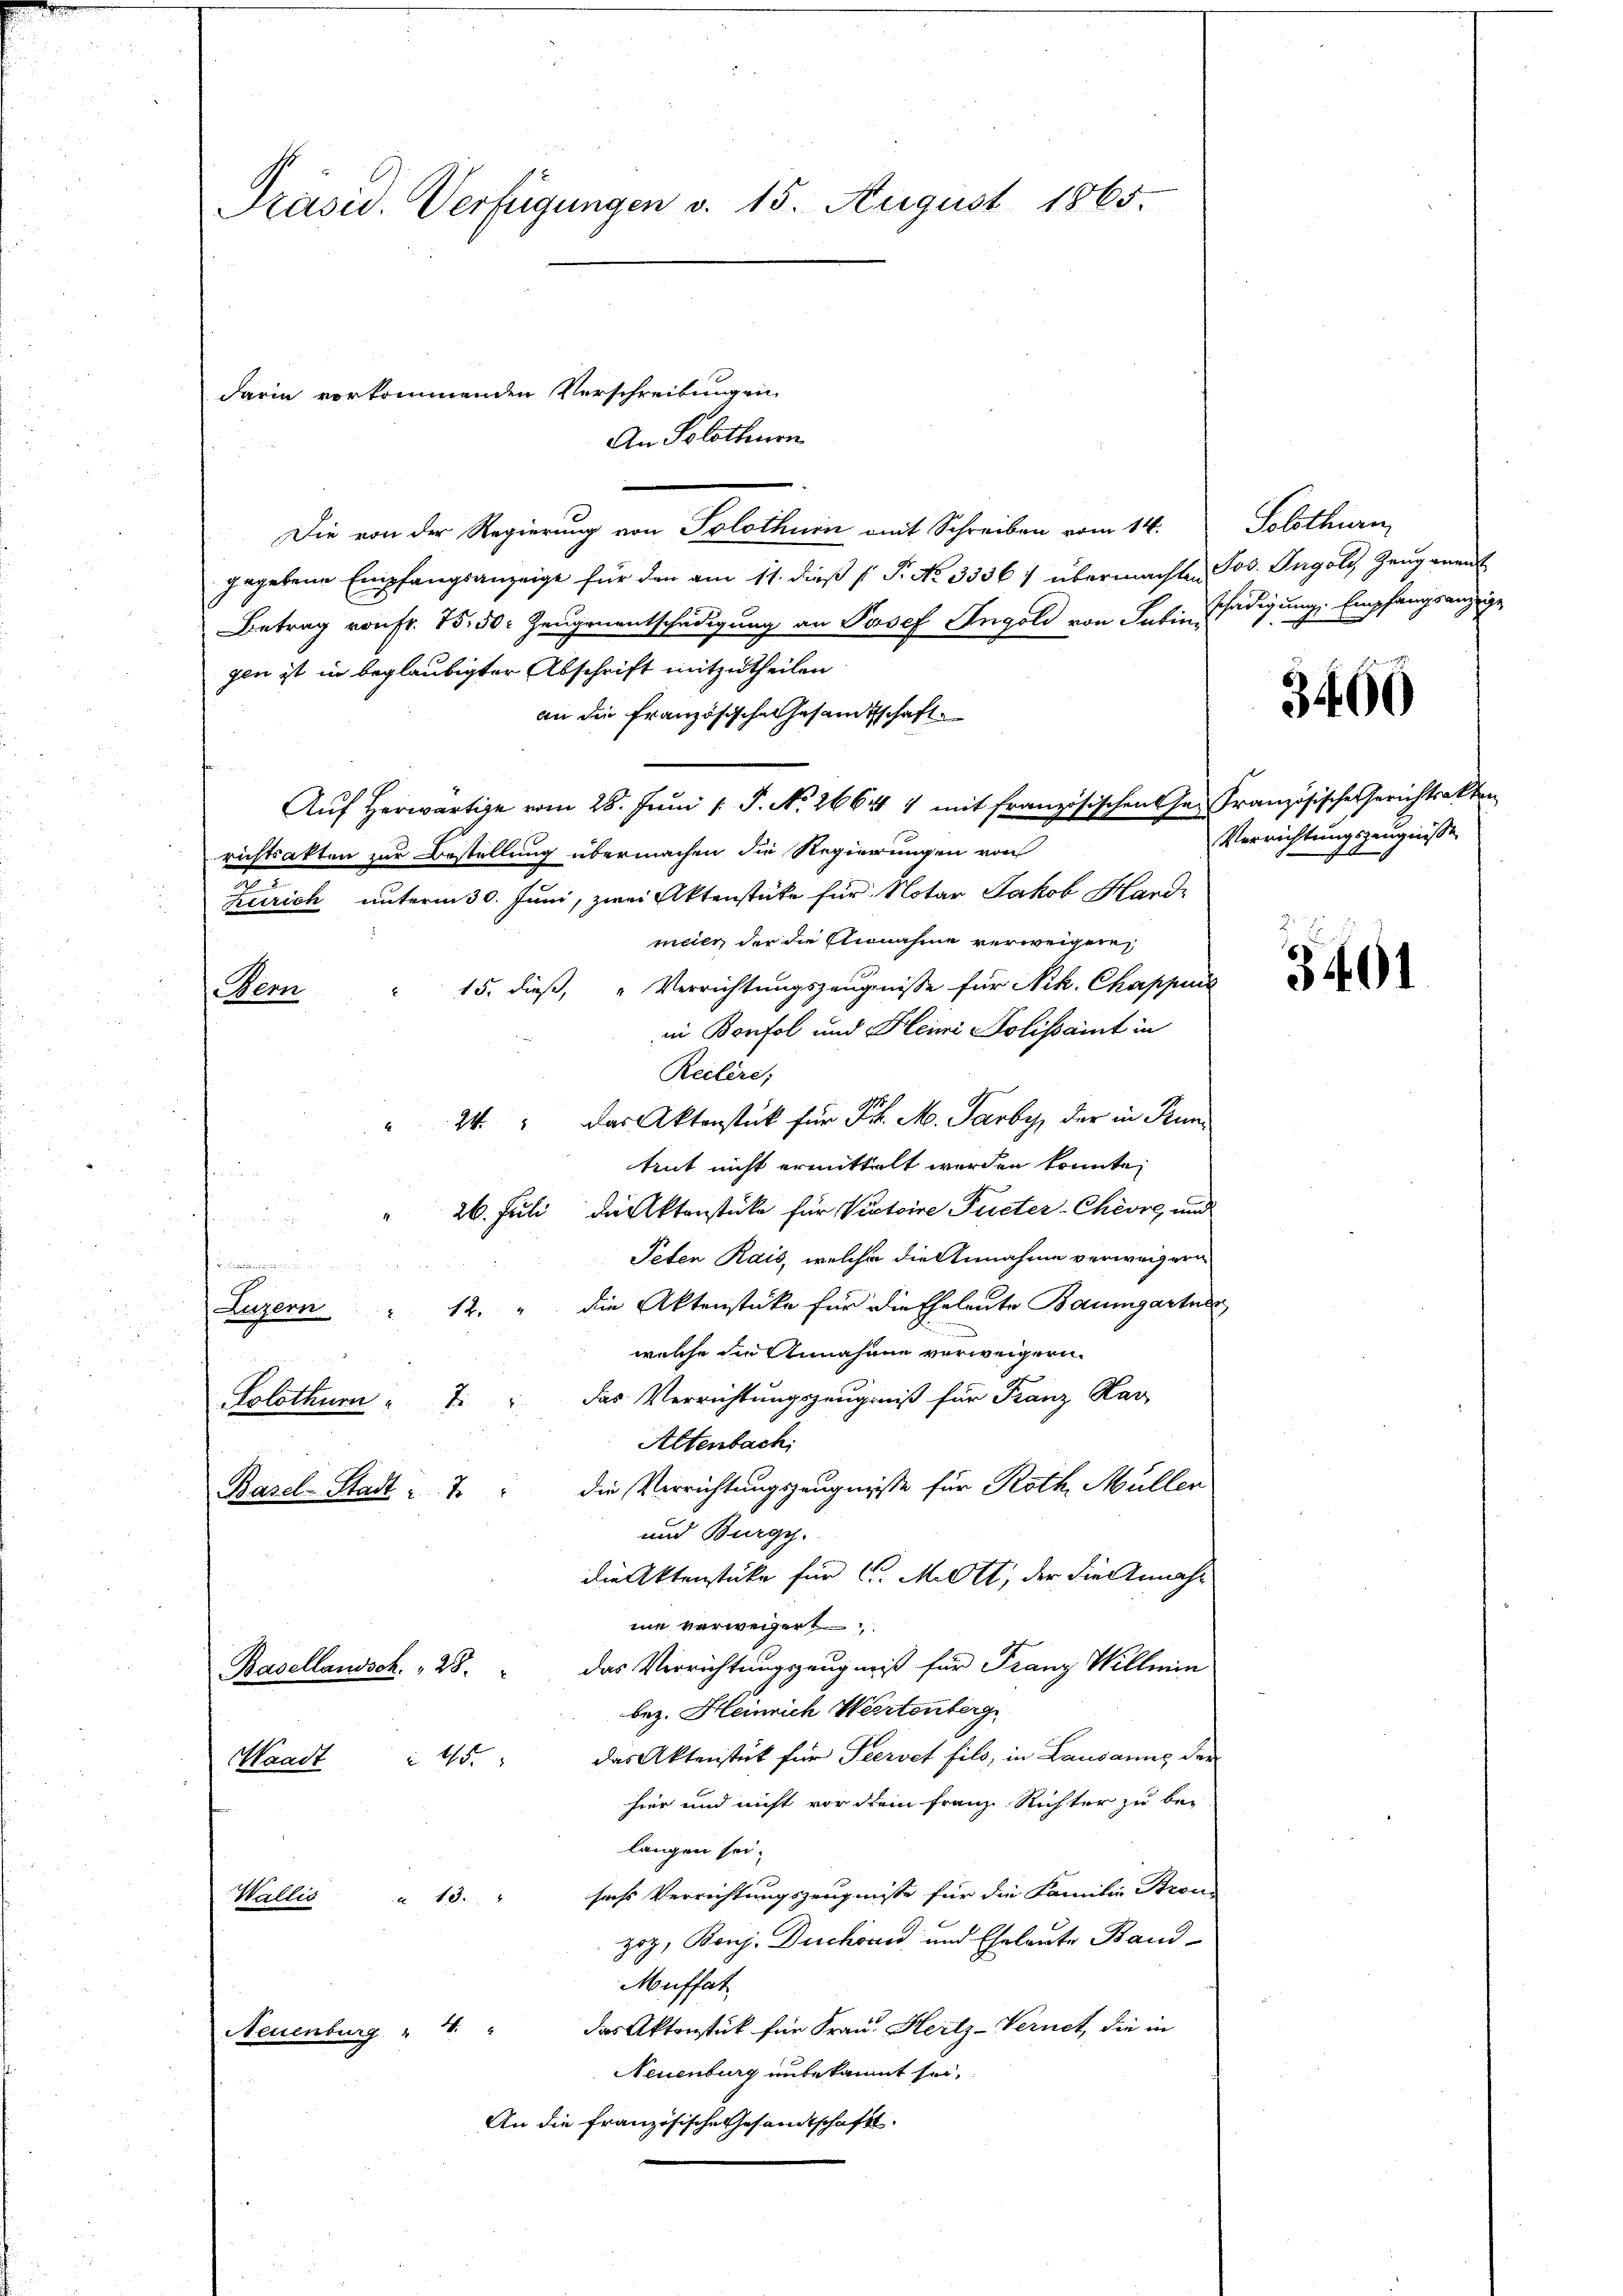
Präsid. Verfügungen v. 15. August 1865.

An Solothurn

Die von der Regierung von Solothurn mit Schreiben vom 14.
gegebene Empfangsanzeige für den am 11. dieß ( P. No 3336; übermachten
Betrag von Fr. 75. 50. Zeugenentschädigung an Josef Ingold von Sabin
gen ist in beglaubigter Abschrift mitzutheilen
an die Französische Gesandtschaft
Aŭf herwärtige vom 28. Jŭni /: P. Nr. 2664 1 mit französischen Hr. Französische Gerichtsakten
richtsakten zur Bestellung übermachen die Regierungen von
2
Zürich unterm 30. Juni, zwei Aktenstüke für Notar Jakob Hardi
meier, der die Annahme verweigere
15. dieß, " Verrichtungszeugnisse für Nik. Chappens
Wenn
in Bonfol und Kleine Polissaint in
Reclire;
24. " Das Aktenstück für Frk. M. Parby, der in Buntrut nicht ermittelt werden konnte,
26. Juli die Aktenstücke für Victoire Puster-Chèvre und
u
Peten Rais, welche die Annahme verweigern

E
 12. " die Aktenstüke für die Eheleute Baumgartne
Luzern
welche die Annahme verweigern.
Solothurn " 7. " Das Verrichtungszeugniß für Franz Kar
Altenbach.
die Verrichtungszeugnisse für Roth, Müller
Basel-Stadt u. 7
und Burgy.
die Aktenstücke für C. Mitt, der die Annahm
ne verwegert
Basellandsch. 28. das Verrichtungszeugniß für Franz Willein
bez. Heinrich Wertenberg
das Aktenstück für Peervet fils, in Lausanns der
Waadt " 475.
hier und nicht vor dem Franz Richter zu bei
langen sei.
sache Verrichtungszeugnisse für die Familie Stron-
à 13.
Wallis
zog, Bonj. Duchorn und Eheleute Band-
Müffat
das Aktenstück für Frau. Hertz-Vernet, die in
Neuenburg " "
Neuenburg unbekannt sei.
An die französische Gesandtschaft.

darin vorkommenden Verschreibungen

Solothurn

Jos. Ingoli, Zeugenant
ledigung, Empfangsanzeige

3400

Verrichtungszeugnisse

5401